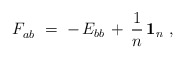
\begin{align*} F_{ab}^{}~= \; - \, E_{bb} \, + \, \frac{1}{n} \, \mathbf{1}_n~,\end{align*}